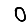
Digit: 0